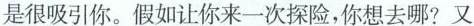
很吸引你。假如让你来一次探险，你想去哪?又